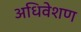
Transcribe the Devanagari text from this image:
अधिवेशण